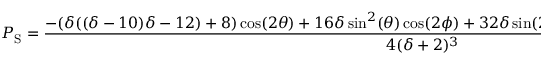
P _ { \mathrm { S } } = \frac { - ( \delta ( ( \delta - 1 0 ) \delta - 1 2 ) + 8 ) \cos ( 2 \theta ) + 1 6 \delta \sin ^ { 2 } ( \theta ) \cos ( 2 \phi ) + 3 2 \delta \sin ( 2 \theta ) \cos ( \phi ) + \delta ( \delta ( \delta + 2 2 ) + 2 0 ) + 8 } { 4 ( \delta + 2 ) ^ { 3 } }